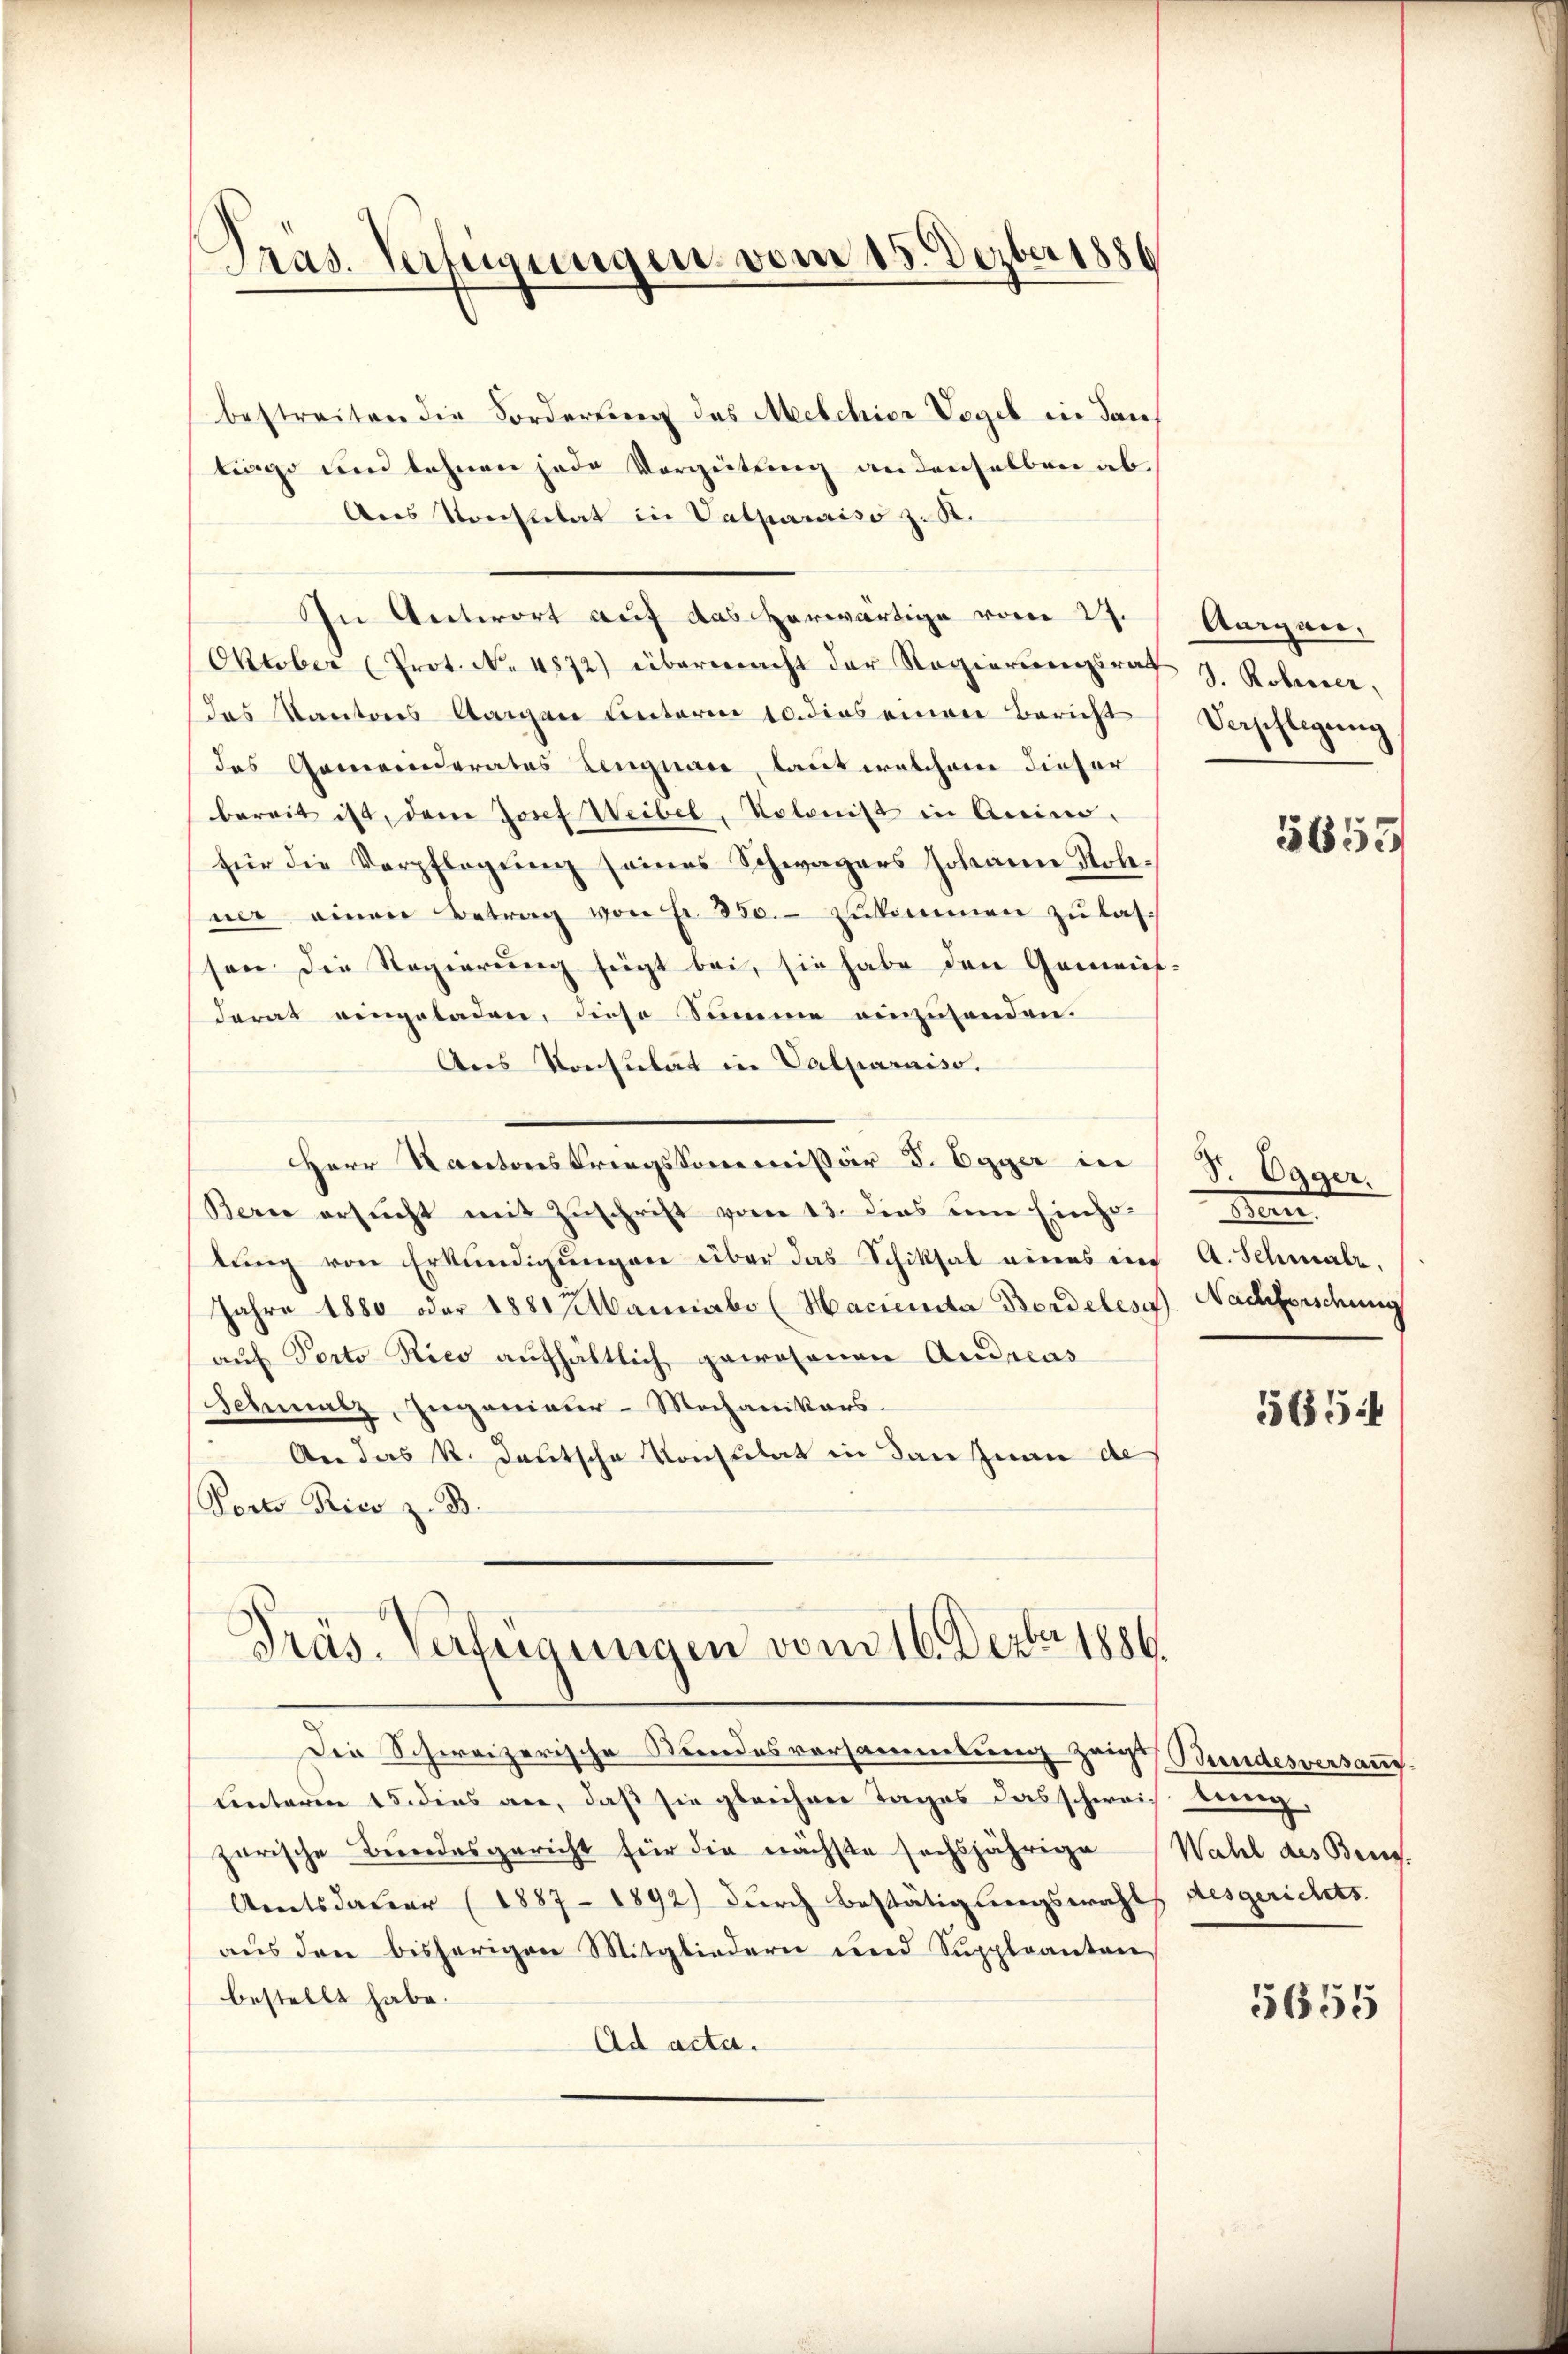
Pras. Verfügungen vom 15. Dezbr 1886

bestreiten die Forderung des Melchior Vogel in dan
tiago und lehnen jede Verzeitung andenselben ab¬
Ans Konstitat in Valparaiso z. R.
In Antwort auf das herwärtige vom 27.
Oktober (Prot. N. 4872) übermacht der Regierungsrat J. Roberer,
das Kantons Aargau unterm 10. dies einen Bericht
das Gemeinderates Lengnare, laut welchem dieser
bereit ist, dem Josef Weibel, Kolonist in Anin.
für die Verpflegŭng seines Schwagers Johann Sole-
ner einen Betrag von Fr. 350.- zŭkommen zu lassen die Regierung fügt bei, sie habe den Gemein-
derat eingeladen, diese Summe einzusenden.
Ans Konsulat in Valparniso.
Herr Kantons Kriegskommissär d. Egger in
Berne ersucht mit Zuschrift vom 13. dies um Einho
lung von Erkundigungen über das Schiksal eines in
Jahre 1880 oder 1880 Maumabo (Hacienda Bordelese Nachforschung
auf Porto Rico aufhältlich gewesenen Andreas
Schmalz, Ingenieur-Mochanikers.
An das k. deutsche Konsulat in dan Juan de
Porte Rico z. B.
Präs. Verfügungen vom 16. Dezbr. 1886.

Aargau,
Verschlegung

Die Schweizerische Stundesvorsammlung zeige Bundesversangunterm 15. dies an, daß sie gleichen Tages das schweiz. bereig
zerische Bundesgericht für die nächste sechsjährige Wahl des Bens.
Amtsdauer (1887 - 1892) durch Bestätigungswahls ausgerichts.
aus den bisherigen Mitgliedern und Suppleanton
bestellt habe.
Ad acta.

5653

S. Egger.
Fen
A. Schmalz,

5654

5655